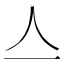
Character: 亼